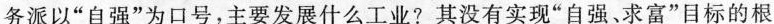
务派以”自强”为口号，主要发展什么工业?其没有实现”自强、求富”目标的根